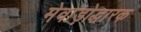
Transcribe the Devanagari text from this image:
मेवाड़ोद्धारक